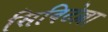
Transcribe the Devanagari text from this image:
सिविटेल्ला